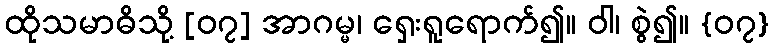
ထိုသမာဓိသို့ [၀၇] အာဂမ္မ၊ ရှေးရူရောက်၍။ ဝါ၊ စွဲ၍။ {၀၇}